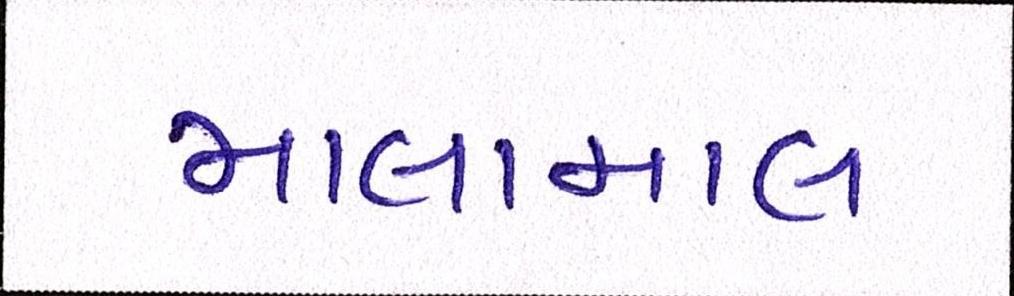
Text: માલામાલ